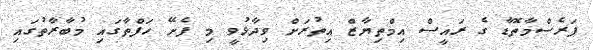
ފަރެސްމާތޮޑާ ގެ ރައީސް އިމްތިޔާޒް އިތުރަށް ވިދާޅުވީ މި ފެށޭ ހަފްތާގައި މުބާރާތުގައި